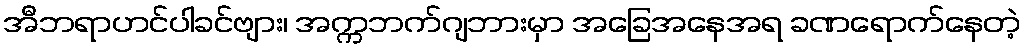
အီဘရာဟင်ပါခင်ဗျား၊ အက္ကဘက်ဂျဘားမှာ အခြေအနေအရ ခဏရောက်နေတဲ့